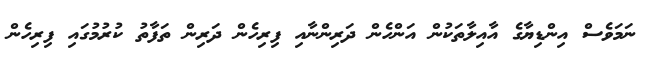
ނަމަވެސް އިންޑިޔާގެ އާއިލާތަކުން އަންހެން ދަރިންނާއި ފިރިހެން ދަރިން ތަފާތު ކުރުމުގައި ފިރިހެން